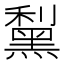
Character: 䵩